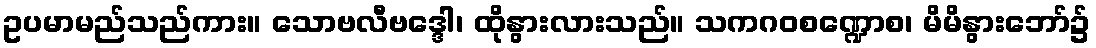
ဥပမာမည်သည်ကား။ သောဗလီဗဒ္ဒေါ၊ ထိုနွားလားသည်။ သကဂဝစဏ္ဍောစ၊ မိမိနွားဘော်၌